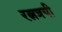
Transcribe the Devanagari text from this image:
रत्नत्रयी